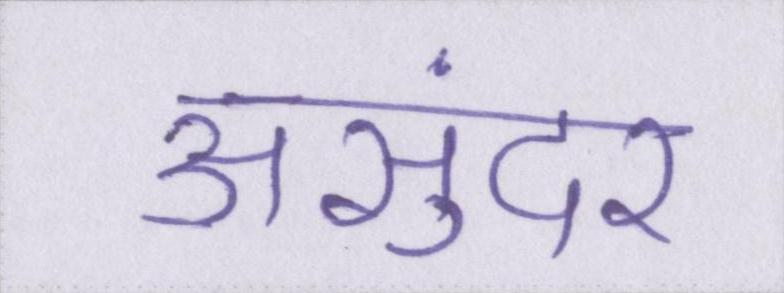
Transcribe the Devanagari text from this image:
असुंदर